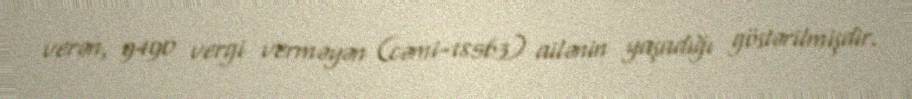
verən, 9490 vergi verməyən (cəmi-18563) ailənin yaşadığı göstərilmişdir.